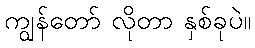
ကျွန်တော် လိုတာ နှစ်ခုပဲ။